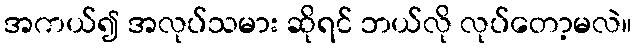
အကယ်၍ အလုပ်သမား ဆိုရင် ဘယ်လို လုပ်တော့မလဲ။